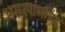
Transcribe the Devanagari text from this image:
अमरपालसिंह